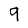
Character: 9